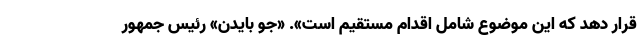
قرار دهد که این موضوع شامل اقدام مستقیم است». «جو بایدن» رئیس جمهور